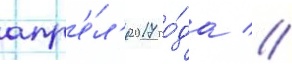
апр'е́л'я 2017 го́да //